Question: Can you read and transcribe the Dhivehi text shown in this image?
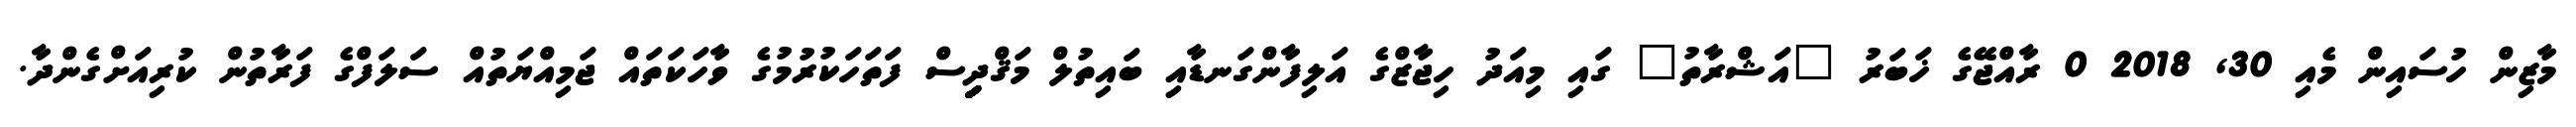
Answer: މާޒިން ހުސައިން މެއި 30, 2018 0 ރާއްޖޭގެ ޚަބަރު "އަޝްރާތު" ގައި މިއަދު ހިޖާޒްގެ އަލިފާންގަނޑާއި ބައިތުލް މަޤްދިިިިިިިިިިިިިިިިިިިިިިިސް ފަތަހަކުރުމުގެ ވާހަކަތައް ޖަމިއްޔަތުއް ސަލަފްގެ ފަރާތުން ކުރިއަށްގެންދާ.